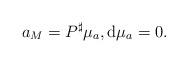
LaTeX: \begin{align*}a_{M}=P^{\sharp}\mu_{a},\mathrm{d}\mu_{a}=0.\end{align*}